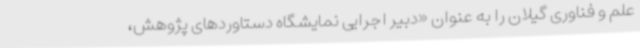
علم و فناوری گیلان را به عنوان «دبیر اجرایی نمایشگاه دستاوردهای پژوهش،